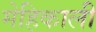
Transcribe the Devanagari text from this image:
मेहिकाली